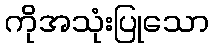
ကိုအသုံးပြုသော